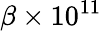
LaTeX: \beta\times 10^{11}